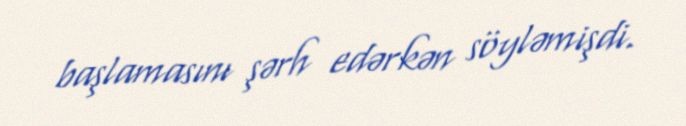
başlamasını şərh edərkən söyləmişdi.